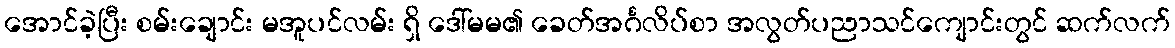
အောင်ခဲ့ပြီး စမ်းချောင်း မအူပင်လမ်း ရှိ ဒေါ်မမ၏ ခေတ်အင်္ဂလိပ်စာ အလွတ်ပညာသင်ကျောင်းတွင် ဆက်လက်